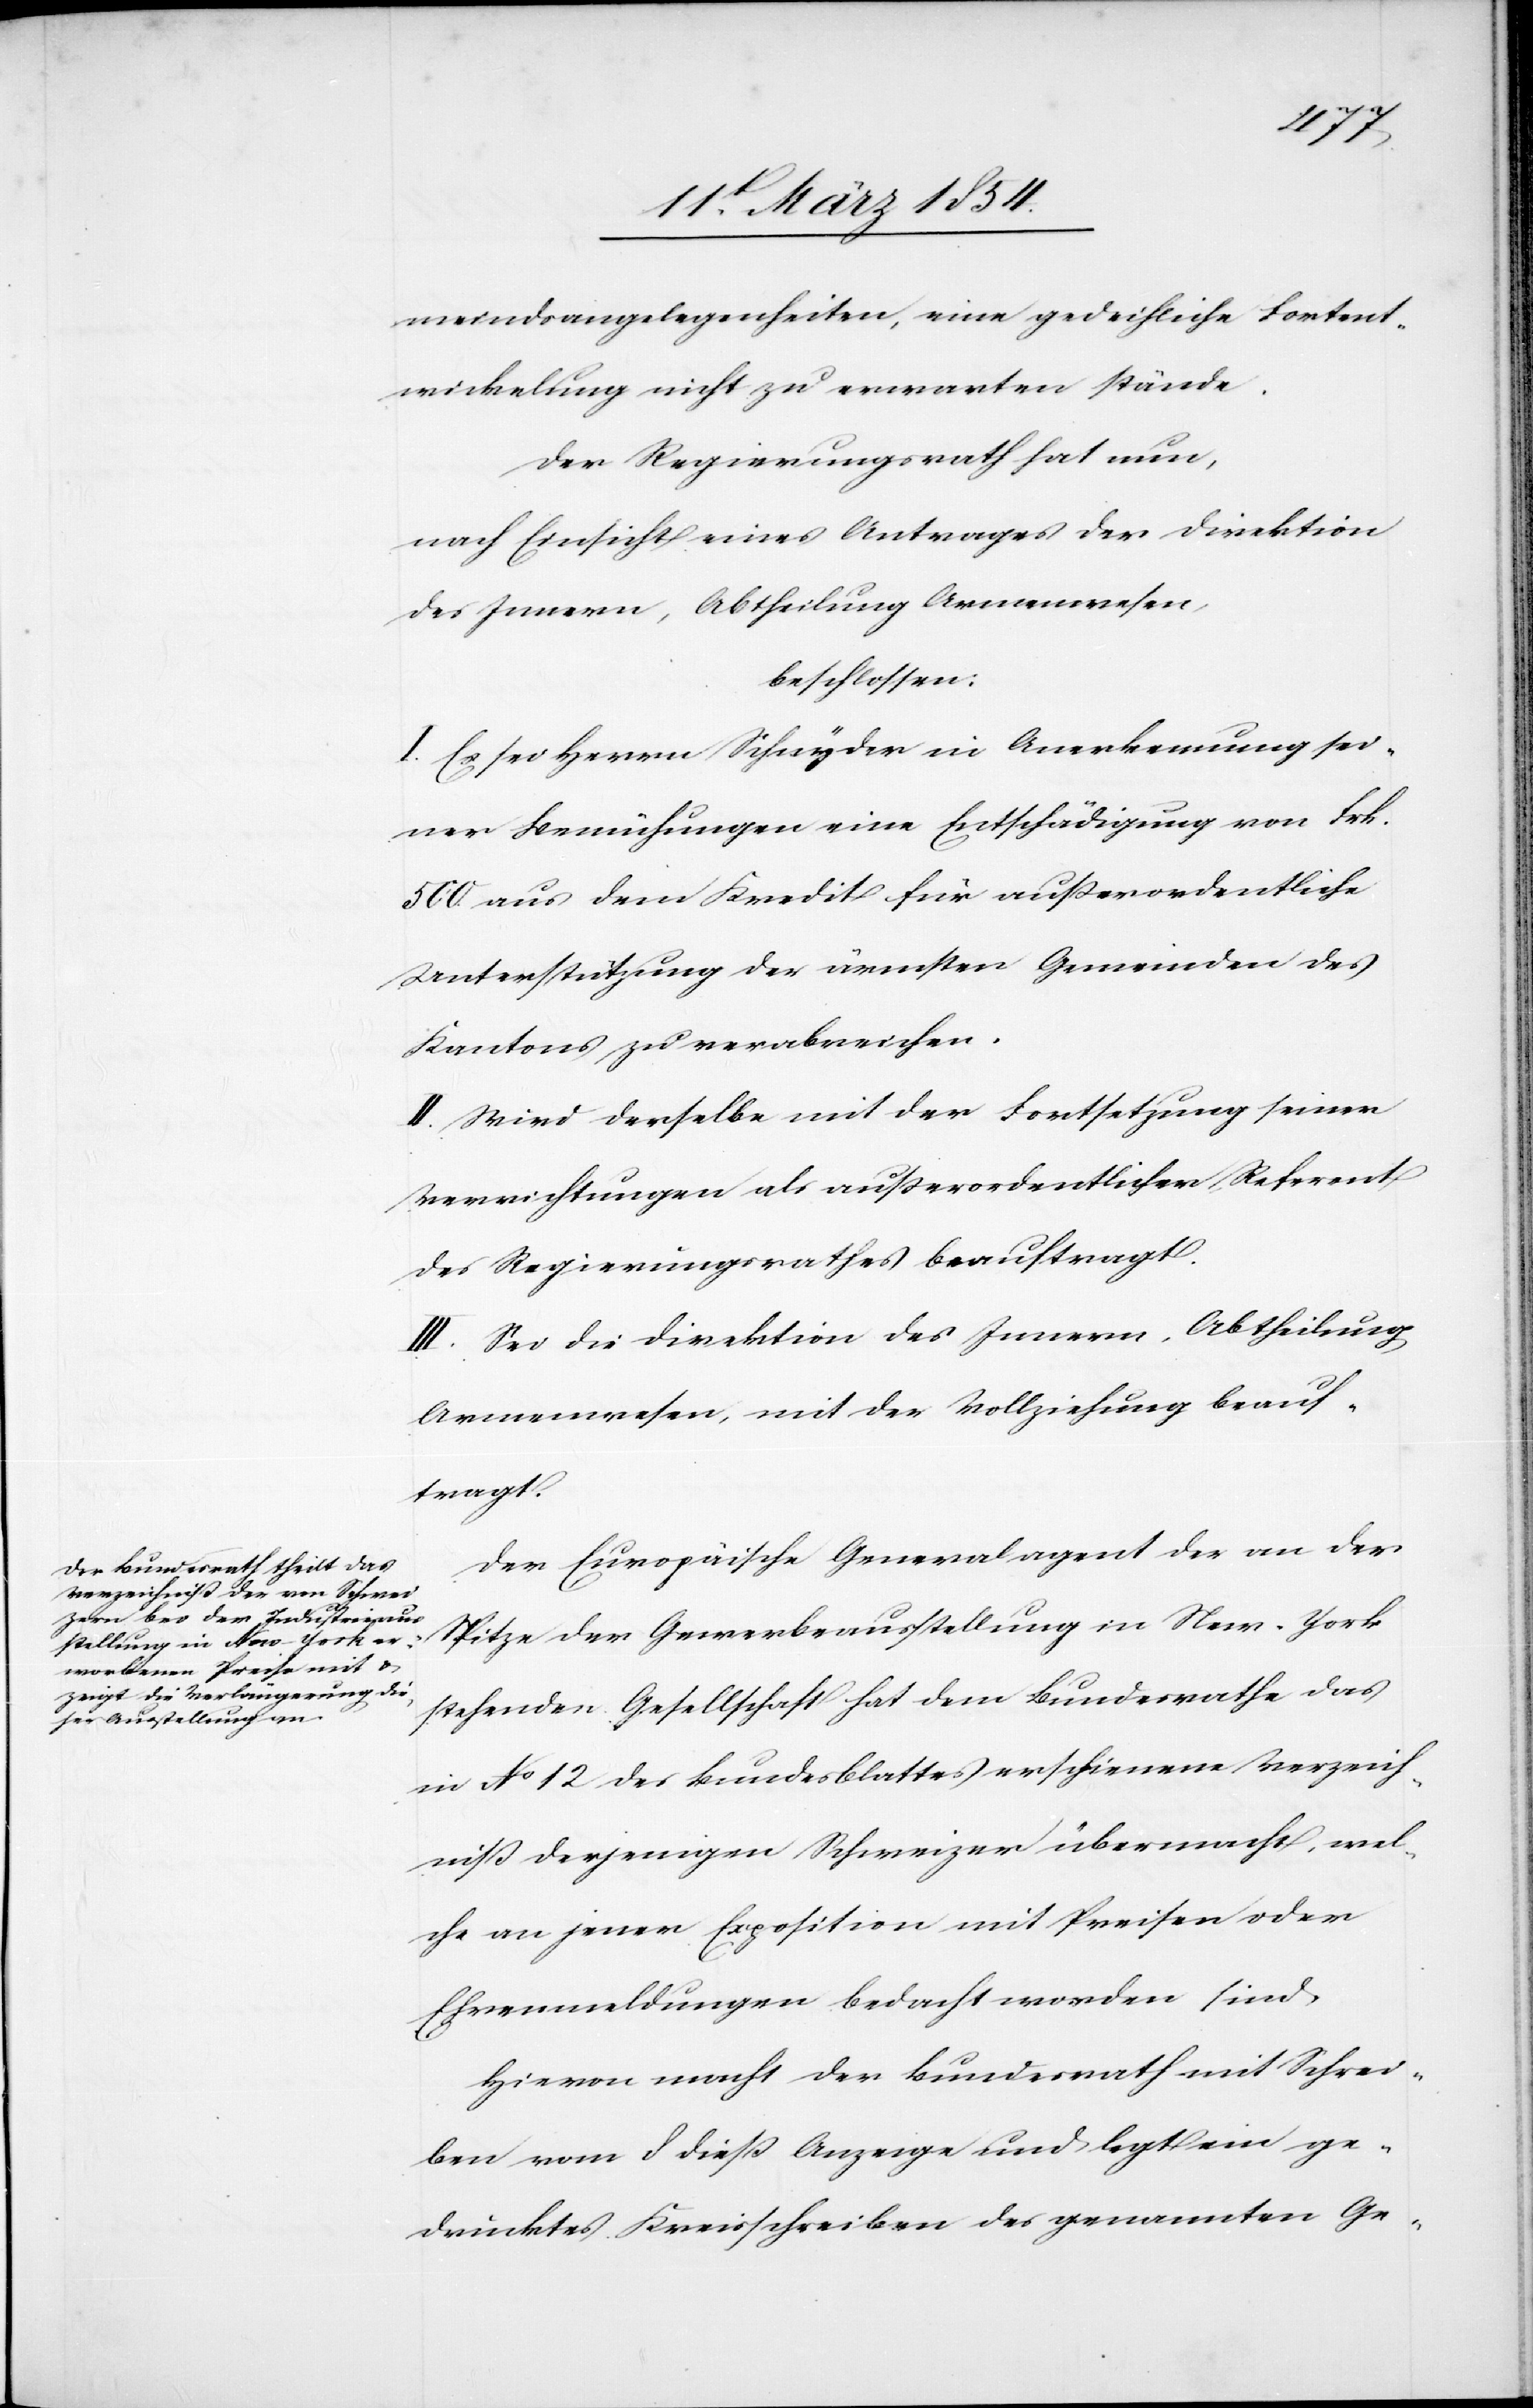
meindsangelegenheiten, eine gedeihliche Fortent¬
wickelung nicht zu erwarten stände.
Der Regierungsrath hat nun,
nach Einsicht eines Antrages der Direktion
des Innern, Abtheilung Armenwesen,
beschlossen:
I. Es sei Herrn Schnyder in Anerkennung sei¬
ner Bemühungen eine Entschädigung von Frk.
500 aus dem Kredit für außerordentliche
Unterstützung der ärmsten Gemeinden des
Kantons zu verabreichen.
II. Wird derselbe mit der Fortsetzung seiner
Verrichtungen als außerordentlicher Referent
des Regierungsrathes beauftragt.
III. Sei die Direktion des Innern, Abtheilung
Armenwesen, mit der Vollziehung beauf¬
tragt.
Der Europäische Generalagent der an der
Spitze der Gewerbeausstellung in New-York
stehenden Gesellschaft hat dem Bundesrathe das
in No 12 des Bundesblattes erschienene Verzeich¬
niß derjenigen Schweizer übermacht, wel¬
che an jener Exposition mit Preisen oder
Ehrenmeldungen bedacht worden sind.
Hievon macht der Bundesrath mit Schrei¬
ben vom 8 dieß Anzeige und legt ein ge¬
drucktes Kreisschreiben des genannten Ge